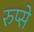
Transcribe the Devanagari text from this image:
रुप्से